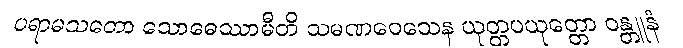
ပရာမသတော သောဓေဿာမီတိ သမဏဝေသေန ယုတ္တပယုတ္တော ဝန္တူနံ